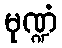
မုဏ္ဍံ